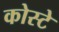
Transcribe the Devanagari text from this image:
कोस्टे